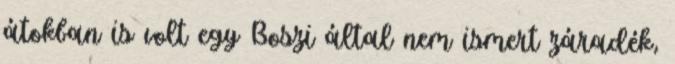
átokban is volt egy Boszi által nem ismert záradék,